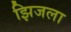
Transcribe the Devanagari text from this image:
झिजला